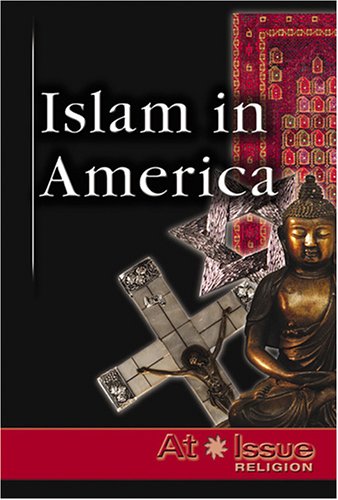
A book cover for Islam in America (At Issue); Laura K. Egendorf; Teen & Young Adult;